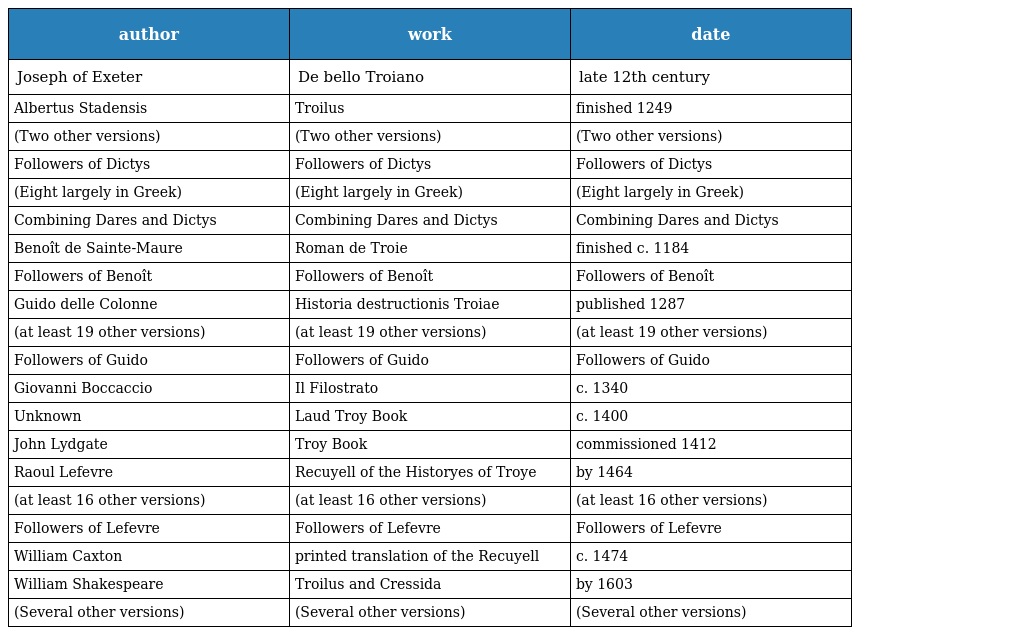
| author | work | date |
 | --- | --- | --- |
 | Joseph of Exeter | De bello Troiano | late 12th century |
 | Albertus Stadensis | Troilus | finished 1249 |
 | (Two other versions) | (Two other versions) | (Two other versions) |
 | Followers of Dictys | Followers of Dictys | Followers of Dictys |
 | (Eight largely in Greek) | (Eight largely in Greek) | (Eight largely in Greek) |
 | Combining Dares and Dictys | Combining Dares and Dictys | Combining Dares and Dictys |
 | Benoît de Sainte-Maure | Roman de Troie | finished c. 1184 |
 | Followers of Benoît | Followers of Benoît | Followers of Benoît |
 | Guido delle Colonne | Historia destructionis Troiae | published 1287 |
 | (at least 19 other versions) | (at least 19 other versions) | (at least 19 other versions) |
 | Followers of Guido | Followers of Guido | Followers of Guido |
 | Giovanni Boccaccio | Il Filostrato | c. 1340 |
 | Unknown | Laud Troy Book | c. 1400 |
 | John Lydgate | Troy Book | commissioned 1412 |
 | Raoul Lefevre | Recuyell of the Historyes of Troye | by 1464 |
 | (at least 16 other versions) | (at least 16 other versions) | (at least 16 other versions) |
 | Followers of Lefevre | Followers of Lefevre | Followers of Lefevre |
 | William Caxton | printed translation of the Recuyell | c. 1474 |
 | William Shakespeare | Troilus and Cressida | by 1603 |
 | (Several other versions) | (Several other versions) | (Several other versions) |